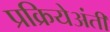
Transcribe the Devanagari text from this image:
प्रक्रियेअंती